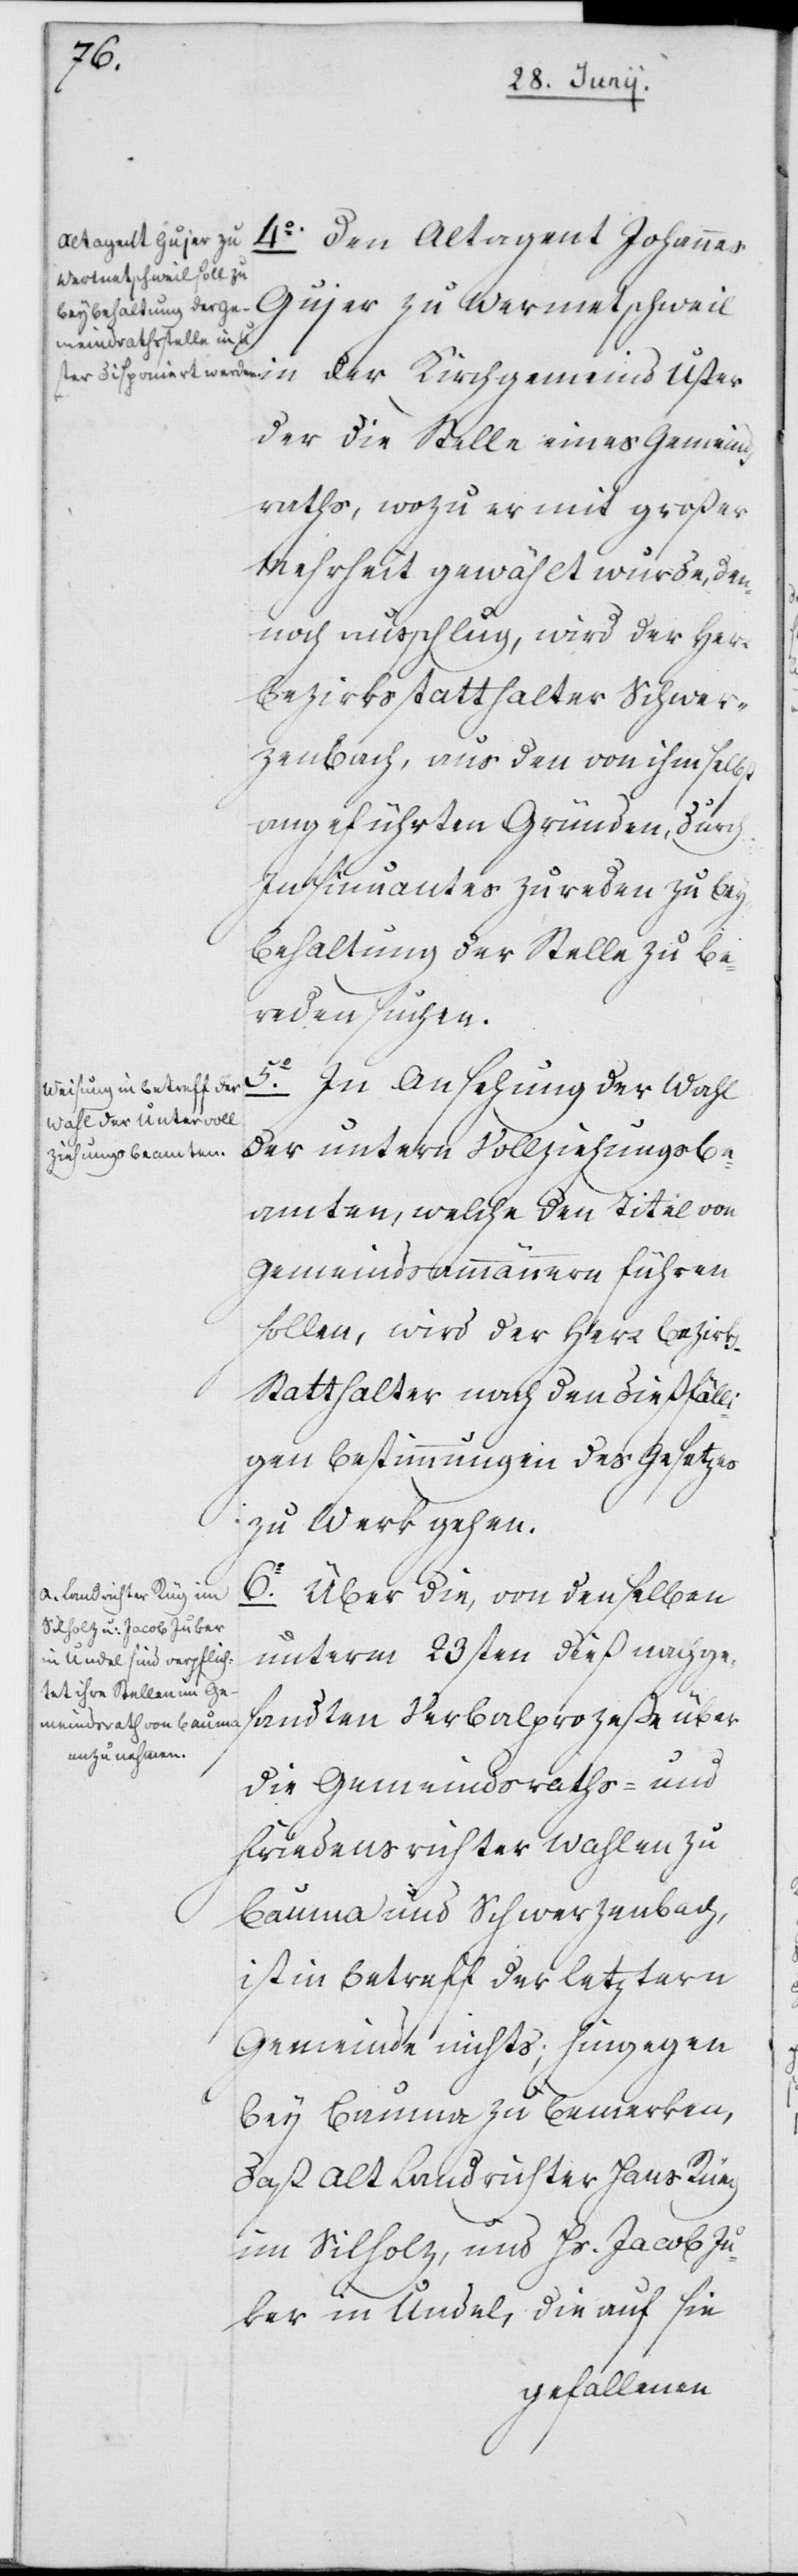
4o.
Den Altagent Johannes Gujer zu Wermetschweil
in der Kirchgemeind Uster
der die Stelle eines Gemeinds¬
raths, wozu er mit großer
Mehrheit gewählt wurde, den¬
noch ausschlug, wird der Herr
Bezirksstatthalter Schwer¬
zenbach, aus den von ihm selbst
angeführten Gründen, durch
insinuantes Zureden zu Bey¬
behaltung der Stelle zu be¬
reden suchen.
5o. In Ansehung der Wahl
der untern Vollziehungsbe¬
amten, welche den Titel von
Gemeindsammännern führen
sollen, wird der Herr Bezirk¬
s-Statthalter nach den dießfäll¬
igen Bestimmungen des Gesetzes
zu Werk gehen.
6o. Über die, von denselben
unterm 23sten dieß nachge¬
sandten Verbalprozeße über
die Gemeindsraths- und
Friedensrichter Wahlen zu
Bauma und Schwerzenbach,
ist in Betreff der letztern
Gemeinde nichts; hingegen
bey Bauma zu bemerken,
daß Alt Landrichter Hans Rüeg
im Silholz und Hs. Jacob Ju¬
ker in Undel, die auf sie